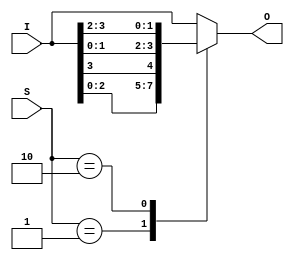
module shifter
(
    input wire[3:0]I,
    input wire[1:0]S,
    output reg[3:0]O
);
always @(S)
begin
 casez(S)
 2'b00:O=I;
 2'b01:O={I[2:0],I[3]};
 2'b10:O={I[1:0],I[3:2]};
 2'b10:O={I[0],I[3:1]};
 default:O=I;
 endcase   
end
endmodule